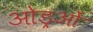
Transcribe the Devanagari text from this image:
ओड्रओं